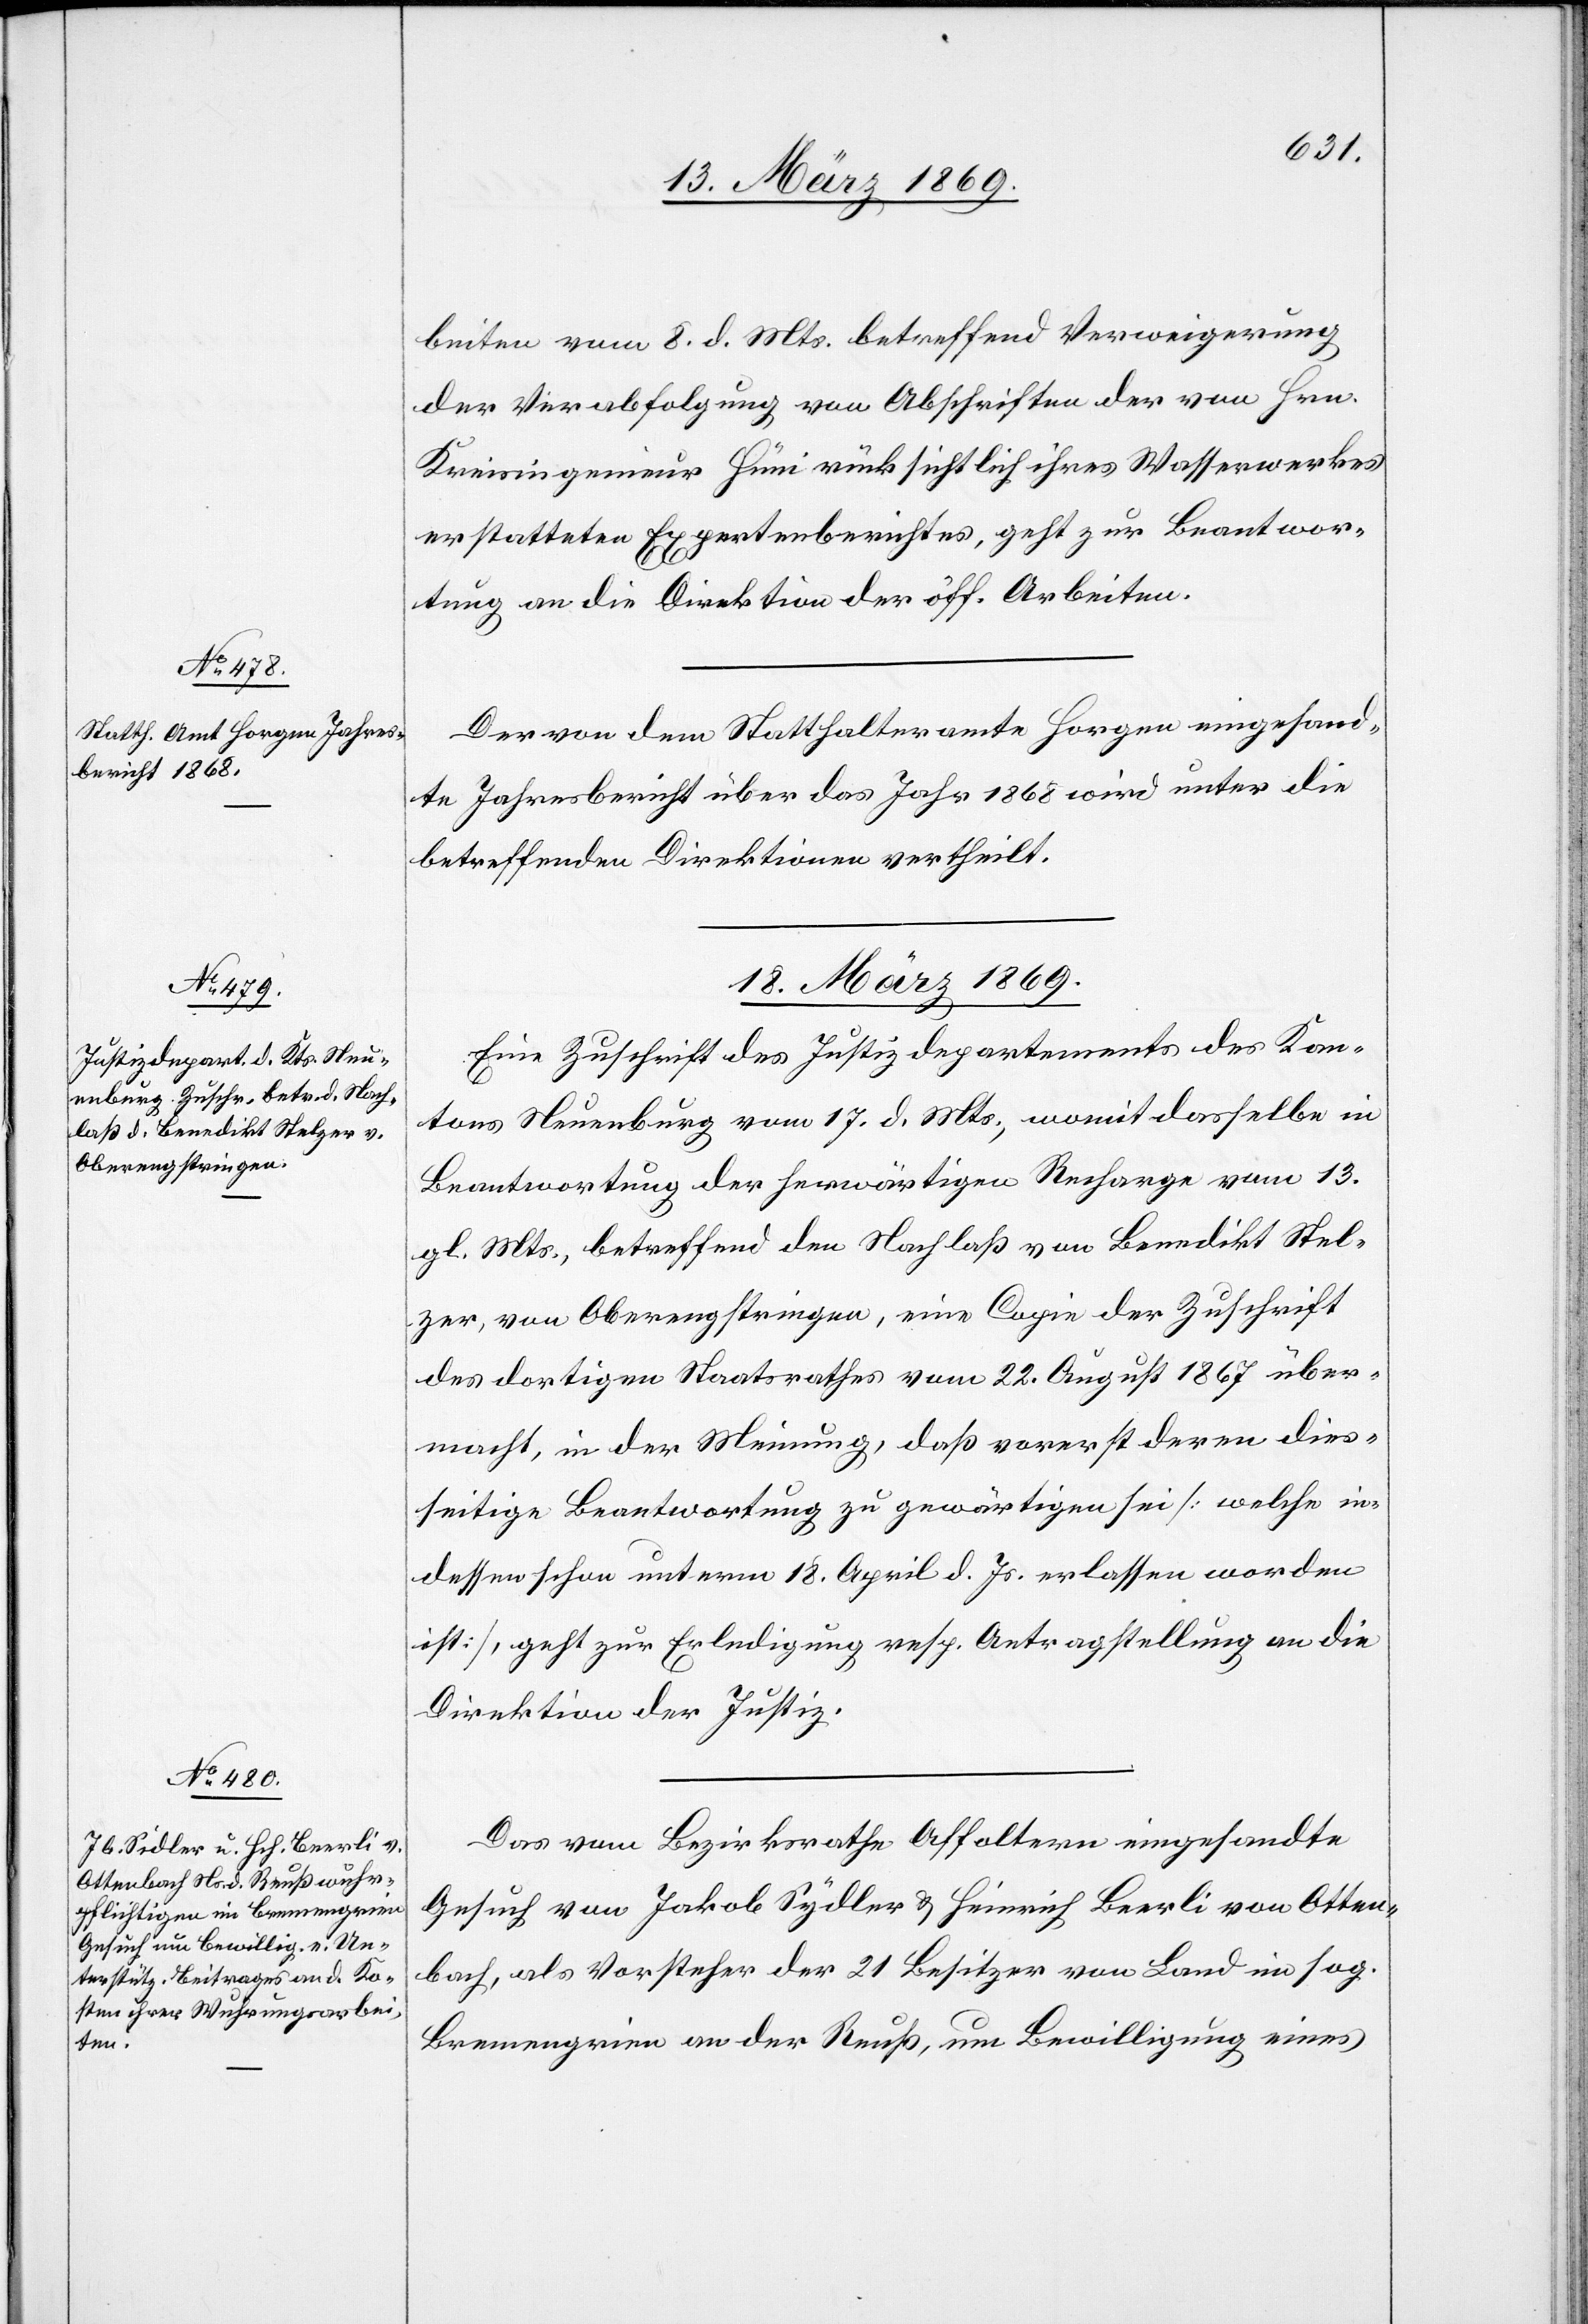
16. März 1869.]
beiten vom 8. d. Mts. betreffend Verweigerung
der Verabfolgung von Abschriften der von Hrn.
Kreisingenieur Hüni rücksichtlich ihres Wasserwerkes
erstatteten Expertenberichtes, geht zur Beantwor¬
tung an die Direktion der öff. Arbeiten.
Der von dem Statthalteramte Horgen eingesand¬
te Jahresbericht über das Jahr 1868 wird unter die
betreffenden Direktionen vertheilt.
18. März 1869.]
Eine Zuschrift des Justizdepartements des Kan¬
tons Neuenburg vom 17. d. Mts., womit dasselbe in
Beantwortung der herwärtigen Recharge vom 13.
gl. Mts., betreffend den Nachlaß von Benedikt Stel¬
zer, von Oberengstringen, eine Copie der Zuschrift
des dortigen Staatsrathes vom 22. August 1867 über¬
macht, in der Meinung, daß vorerst deren dies¬
seitige Beantwortung zu gewärtigen sei [welche in¬
dessen schon unterm 18. April d. Js. erlassen worden
ist], geht zur Erledigung resp. Antragstellung an die
Direktion der Justiz.
Das vom Bezirksrathe Affoltern eingesandte
Gesuch von Jakob Sydler & Heinrich Beerli von Otten¬
bach, als Vorsteher der 21. Besitzer von Land im sog.
Bremengrinn an der Reuß, um Bewilligung eines